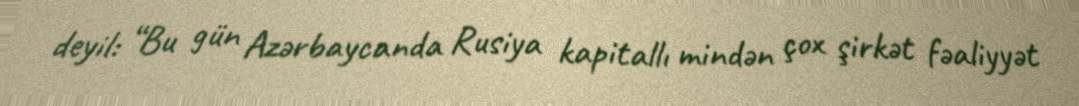
deyil: “Bu gün Azərbaycanda Rusiya kapitallı mindən çox şirkət fəaliyyət